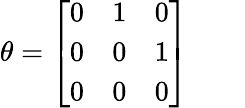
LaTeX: \theta={\left[\begin{array}{lll}{0}&{1}&{0}\\ {0}&{0}&{1}\\ {0}&{0}&{0}\end{array}\right]}\qquad